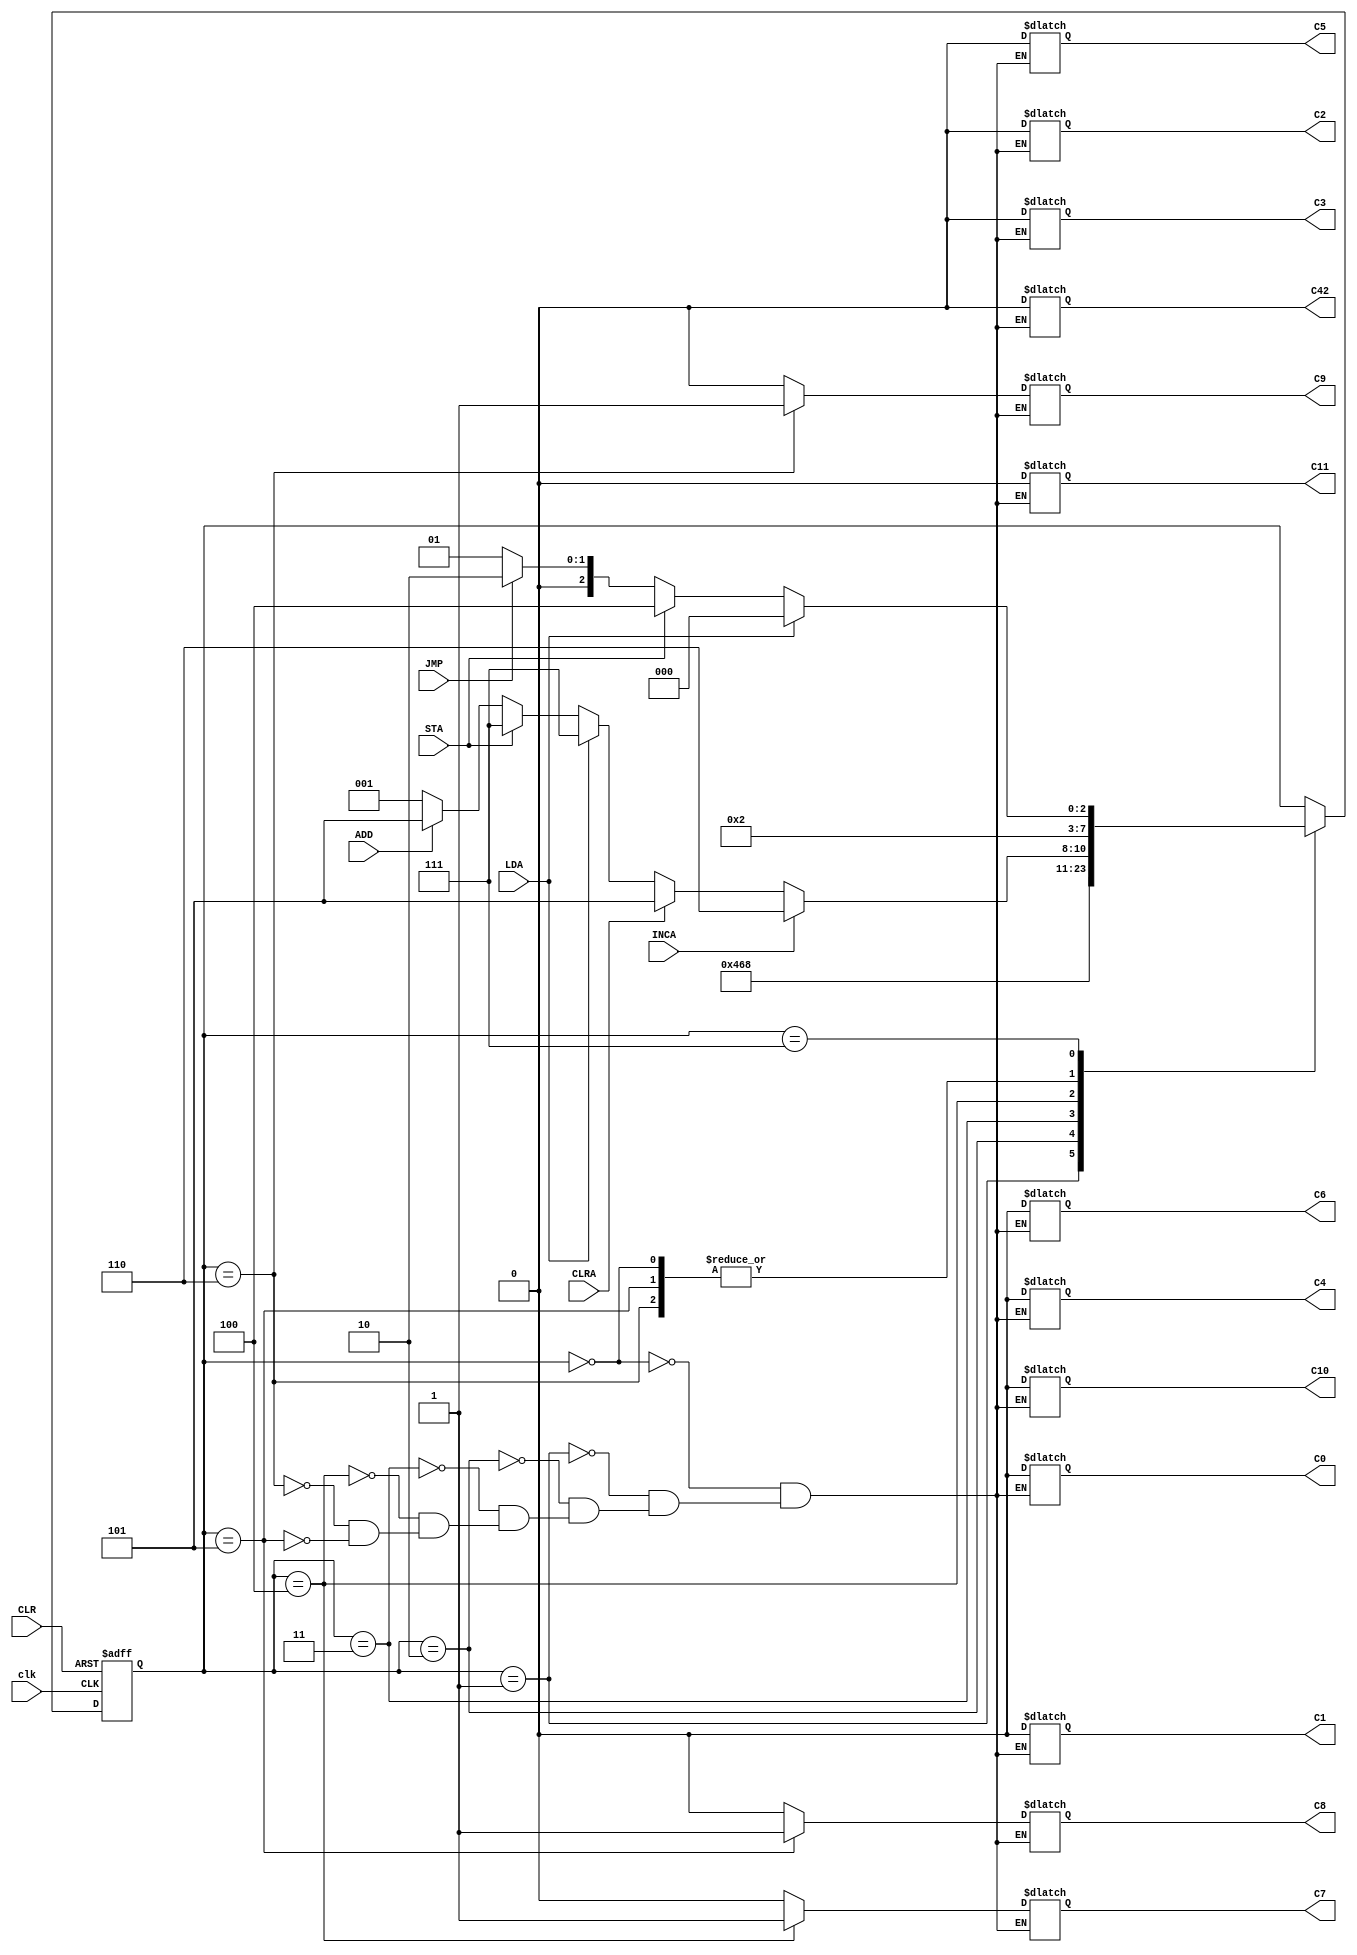
module controllerV2( clk, CLR,INCA,CLRA,LDA,STA,ADD,JMP,C0,C2,C3,C4,C42,C7,C8,C9,C1,C5,C6,C10,C11);

   input clk, CLR, INCA, CLRA, LDA,STA,ADD, JMP;
   output C0,C2,C3,C4,C42,C7,C8,C9,C1,C5,C6,C10,C11;

   reg [3:0] state;
   reg C0,C2,C3,C4,C42,C7,C8,C9,C1,C5,C6,C10,C11;

   always @( posedge clk, posedge CLR )
   begin
   if( CLR )
       state <= 3'b000;   
   else
	begin
       case( state )
       3'b0000://State A
       begin
            if(1) state <= 3'b0001;
            else state <= 3'b0001;
       end

       3'b0001://State B
       begin
            if(1)state <= 3'b0010;
            else state <= 3'b0010;
       end

       3'b0010://State C
       begin
            if(1) state <= 3'b0011;
            else state <= 3'b0011;
       end

       3'b0011://State D
       begin
            if(1) state <= 3'b0100;
            else state <= 3'b0100;
       end
		 
		 3'b0100://State E
       
		 begin
            if(INCA)begin
				state <= 3'b0110; //If Increment Accumulator is active, go to state F
            end else if(CLRA) begin
				state <= 3'b0101;// If Clear Accumulator is active, go to State G	
				end else if(LDA) begin
				state <= 3'b0111;//If load go to state H branch later
				end else if(STA) begin
				state <=3'b0111;//If store go to state H branch later
				end else if (ADD)begin
				state <=3'b1101;//If add go to state N
				end else if (JMP) begin
				state <=3'b0001;//If store go to state H branch later
				end else begin
				state <=3'b0001;//if nothing else go to state B
				end
       end		
		 
		 3'b0110://State F
       begin
            if(1) state <= 3'b0001; //go back to B not A
            else state <= 3'b0001;
       end
		 
		 3'b0101://State G
       begin
            if(1) state <= 3'b0001; //go back to B not A
            else state <= 3'b0001;
       end
		 
		 3'b0111://State H
       begin
            if(LDA) begin //If load go to statego to state I
				state <=3'b1000;
				end else if(STA) begin //If Load go to state M
				state <= 3'b1100;
				end else if(JMP) begin //If Jump go back to state C
				state <= 3'b0010;
				end else begin //If neither go back to State B fail-safe for troubleshooting
				state <= 3'b0001;
				end
       end
		 
		 3'b1000://State I
       begin
            if(1) state <= 3'b1001;//Go to state J
            else state <= 3'b0001;
       end
		 
		 3'b1001://State J
       begin
            if(1) state <= 3'b1010;//Go to state K
            else state <= 3'b0001;
       end
		 
		 3'b1010://State K
       begin
            if(1) state <= 3'b1011;//Go to state L
            else state <= 3'b0001;
       end
		 
		 3'b1011://State L
       begin
            if(1) state <= 3'b0001;//Go back to state B for next Instruction
            else state <= 3'b0001;
       end
		 
		 3'b1100://State M
       begin
            if(1) state <= 3'b0001;//Go back to state B for next Instruction
            else state <= 3'b0001;
       end
		 
		 3'b1101://State N
       begin
            if(1) state <= 3'b1110;//Go to State O
            else state <= 3'b0001;
       end
		 
		 3'b1101://State O
       begin
            if(1) state <= 3'b0001;//Go to state L
            else state <= 3'b0001;
       end
		 
		 
       endcase
   end
end


always @(state)begin
  case(state)
  3'b0000: {C0,C2,C3,C4,C42,C7,C8,C9,C1,C5,C6,C10,C11}=8'b1000000000000;//State A activate C0
  3'b0001: {C0,C2,C3,C4,C42,C7,C8,C9,C1,C5,C6,C10,C11}=8'b0000000000000;//State B activate C3--Off at this point (select PC)
  3'b0010: {C0,C2,C3,C4,C42,C7,C8,C9,C1,C5,C6,C10,C11}=8'b0001000000000;//State C activate C4 Read Memory
  3'b0011: {C0,C2,C3,C4,C42,C7,C8,C9,C1,C5,C6,C10,C11}=8'b0000100000000;//State D activate C42 Transfer memory
  3'b0100: {C0,C2,C3,C4,C42,C7,C8,C9,C1,C5,C6,C10,C11}=8'b0100010000000;//S activate C2 and C7
  3'b0110: {C0,C2,C3,C4,C42,C7,C8,C9,C1,C5,C6,C10,C11}=8'b0000000100000;//State F activate C9
  3'b0101: {C0,C2,C3,C4,C42,C7,C8,C9,C1,C5,C6,C10,C11}=8'b0000001000000;//State G activate C8
  
  3'b0101: {C0,C2,C3,C4,C42,C7,C8,C9,C1,C5,C6,C10,C11}=8'b0010000000000;//State H activate C3--C3 on at this point (select MDO) (Jump)
  3'b0101: {C0,C2,C3,C4,C42,C7,C8,C9,C1,C5,C6,C10,C11}=8'b0001000000000;//State I activate C4 Read Memory
  3'b0101: {C0,C2,C3,C4,C42,C7,C8,C9,C1,C5,C6,C10,C11}=8'b0000100000000;//State J activate C42 Transfer memory
  3'b0101: {C0,C2,C3,C4,C42,C7,C8,C9,C1,C5,C6,C10,C11}=8'b0000000000000;//State K activate C10=0 ACC Select<-MDO
  3'b0101: {C0,C2,C3,C4,C42,C7,C8,C9,C1,C5,C6,C10,C11}=8'b0000000000001;//State L activate C11 ACC<-MDI (Load)
  3'b0101: {C0,C2,C3,C4,C42,C7,C8,C9,C1,C5,C6,C10,C11}=8'b0001000001000;//State M activate C5 C4 Write to memory (Store)
  3'b0101: {C0,C2,C3,C4,C42,C7,C8,C9,C1,C5,C6,C10,C11}=8'b0000000000000;//State N activate C15 and C14 Add=00, 
  3'b0101: {C0,C2,C3,C4,C42,C7,C8,C9,C1,C5,C6,C10,C11}=8'b0000000000010;//State 0 activate C10=1 Select ALU for ACC
 endcase 	
end
endmodule